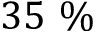
3 5 ~ \%